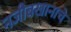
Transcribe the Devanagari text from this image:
नजीबखानाचें